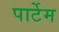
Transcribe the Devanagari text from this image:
पार्टेम